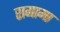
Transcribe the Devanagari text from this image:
रागामा